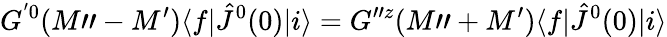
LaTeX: G^{'0}(M"-M^{\prime})\langle f|{\hat{J}}^{0}(0)|i\rangle=G^{"z}(M"+M^{\prime})\langle f|{\hat{J}}^{0}(0)|i\rangle